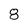
Character: 8